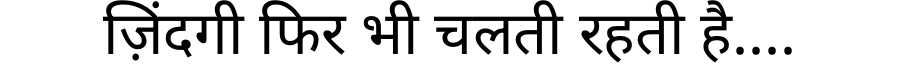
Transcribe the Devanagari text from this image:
ज़िंदगी फिर भी चलती रहती है....